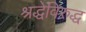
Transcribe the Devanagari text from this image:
श्रद्धेविरुद्ध